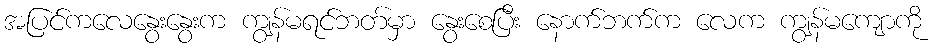
အပြင်ကလေနွေးနွေးက ကျွန်မရင်ဘတ်မှာ နွေးစေပြီး နောက်ဘက်က လေက ကျွန်မကျောကို